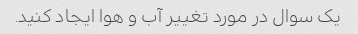
یک سوال در مورد تغییر آب و هوا ایجاد کنید.